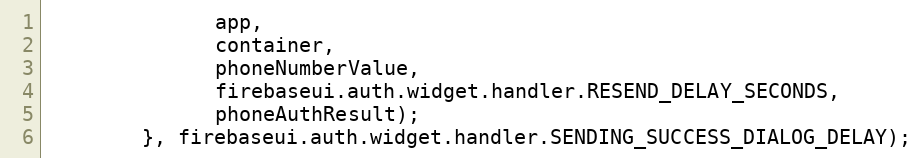
Language: JavaScript
              app,
              container,
              phoneNumberValue,
              firebaseui.auth.widget.handler.RESEND_DELAY_SECONDS,
              phoneAuthResult);
        }, firebaseui.auth.widget.handler.SENDING_SUCCESS_DIALOG_DELAY);